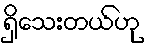
ရှိသေးတယ်ဟု